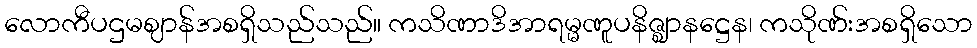
လောကီပဌမဈာန်အစရှိသည်သည်။ ကသိဏာဒိအာရမ္မဏူပနိဇ္ဈာနဋ္ဌေန၊ ကသိုဏ်းအစရှိသော